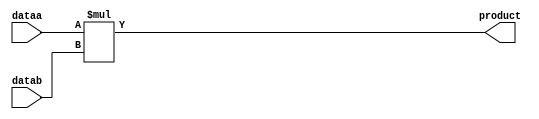
module mult4x4(
    input  [3:0] dataa, datab,
    output  [7:0] product
    );
   
    assign product = dataa * datab;
     
endmodule